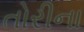
તોરીના